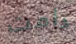
دامت